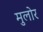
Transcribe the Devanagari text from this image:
मुलोर